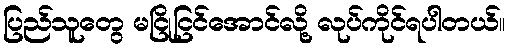
ပြည်သူတွေ မငြိုငြင်အောင်လို့ လုပ်ကိုင်ရပါတယ်။